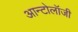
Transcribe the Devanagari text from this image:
आन्टोलॉजी